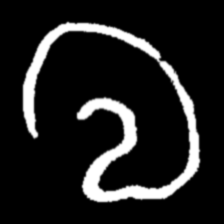
Pyu character \u2014 Myanmar letter: လ (romanized: la)